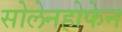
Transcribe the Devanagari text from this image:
सोलेनहोफेन